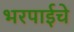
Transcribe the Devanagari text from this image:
भरपाईचे